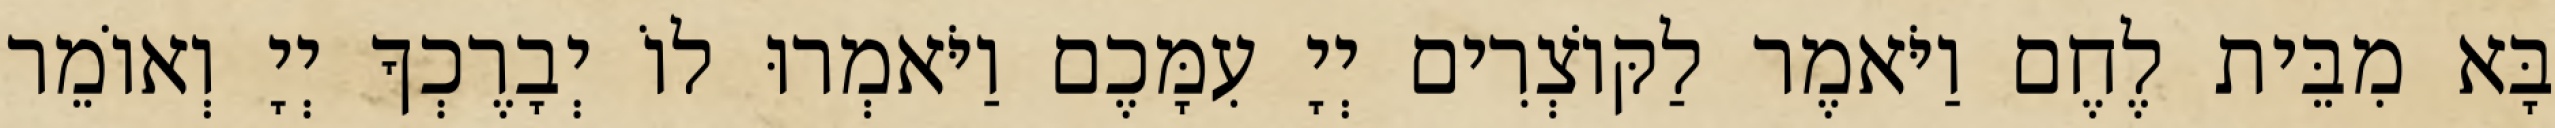
בָּא מִבֵּית לֶחֶם וַיֹּאמֶר לַקּוֹצְרִים יְיָ עִמָּכֶם וַיֹּאמְרוּ לוֹ יְבָרֶכְךָ יְיָ וְאוֹמֵר